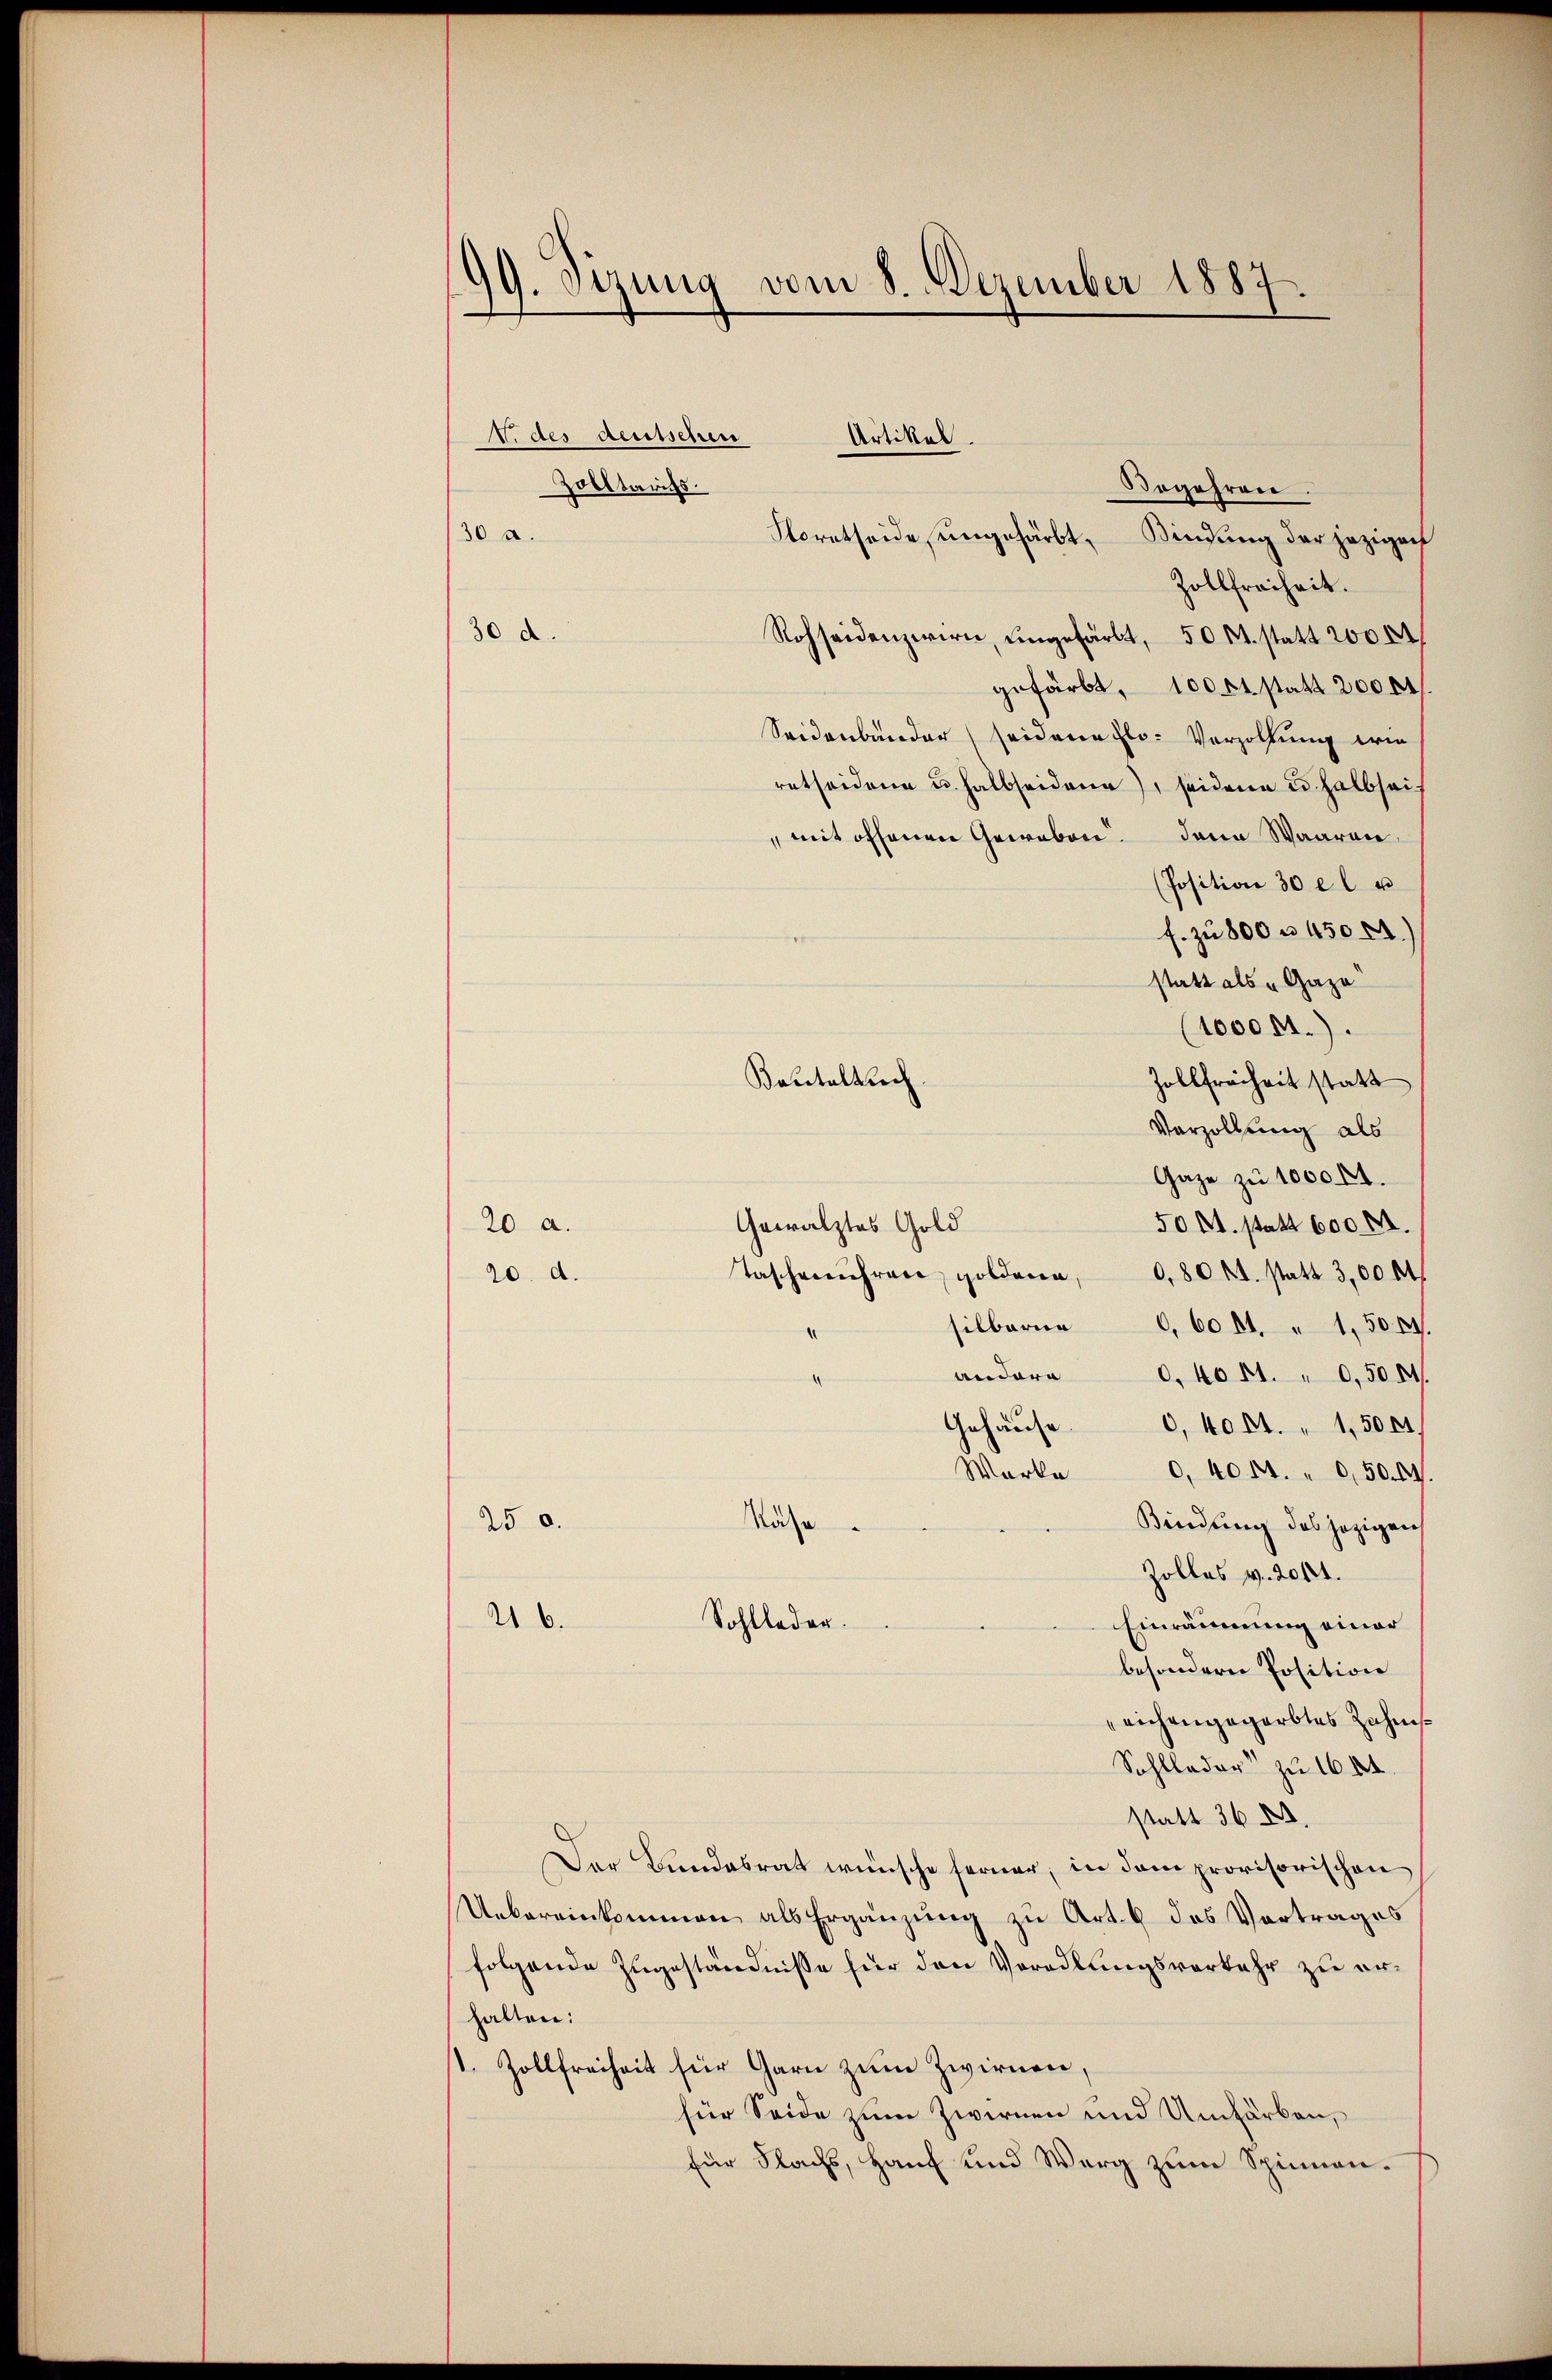
99. Sizung vom 8. Dezember 1887.

V. des deutschen
Artikal
Begehren
Zolltarichs.
30 a.
Storatseide, ungefärbt. Bindung der jezigenf
Zollfreiheit.
30 d.
Rohseidenzwirn, ungefärbt, 50 M. statt 2000
gefärbt, 1000 statt 200 rt
Seidenbänder (seidene Flo- Verzollung ein
retheidene u. halbseiden), seidene u. halbseimit offenen Geweben. Dann Waaren
(Position 30 e l u
f. zu 800 u. 450 A.)
statt als „Gaze
(1000 M.).
Zollfreiheit statt
Varzollung als
Gaze zu 1000 M.
Gewälztes Gold
50 M. statt 600 M.
20 a.
Taschenuhren golderen,
0,80 M. statt 3,00 rt
20. d.
silberne 0,6001. " 1,5014.
andern . 4041. " 0,50 M.
Gehause 0,4001. " 1,5001
Werke 0, 4041. " 0,500
Nähe
250.
Bindung des jezigen
Zolles v. 2014.
216.
Sohlleder.
Einräumung einer
besondern Position
eichengegerbtes Zahns
Sohlloder zu 1604.
statt 36 X
Der Bundesrat wünsche ferner, in dem provisorischen
Uebereinkommen als Ergänzung zu Art. 6 des Vortrages
folgende Zugeständnisse für den Voradlungsverkehr zu erhalten:
t. Zollfreiheit für Garn zum Zwirnen,
für Seide zum Zwirnen und Umfärben,
für Nachs, Hauf und Werg zum Spinnen.

Bapitalbrech